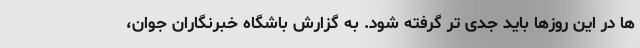
ها در این روزها باید جدی تر گرفته شود. به گزارش باشگاه خبرنگاران جوان،